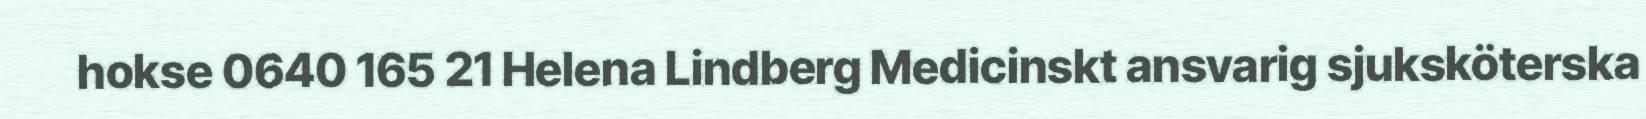
hokse 0640 165 21 Helena Lindberg Medicinskt ansvarig sjuksköterska